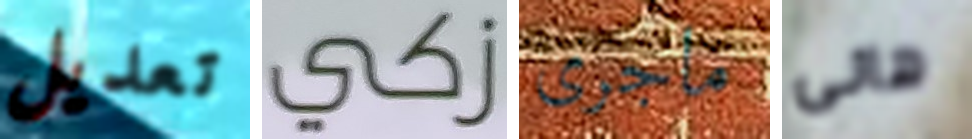
تعديل زكي ماجرى هانى